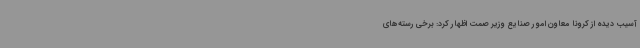
آسیب دیده از کرونا معاون امور صنایع وزیر صمت اظهار کرد: برخی رسته‌های